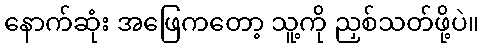
နောက်ဆုံး အဖြေကတော့ သူ့ကို ညှစ်သတ်ဖို့ပဲ။